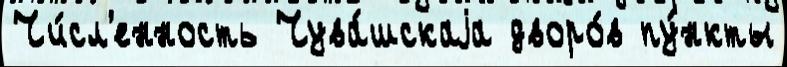
Чи́сл'енность Чува́шскаjа дворо́в пу́нкты